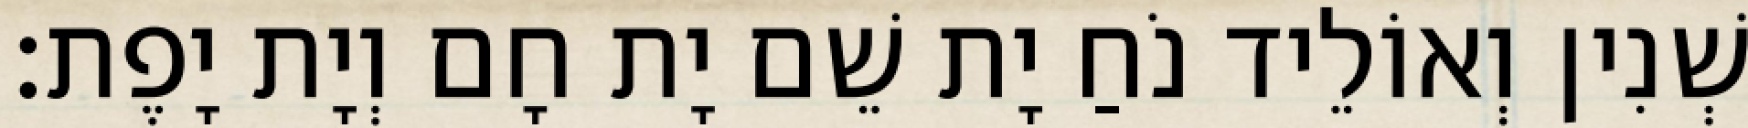
שְׁנִין וְאוֹלֵיד נֹחַ יָת שֵׁם יָת חָם וְיָת יָפֶת׃